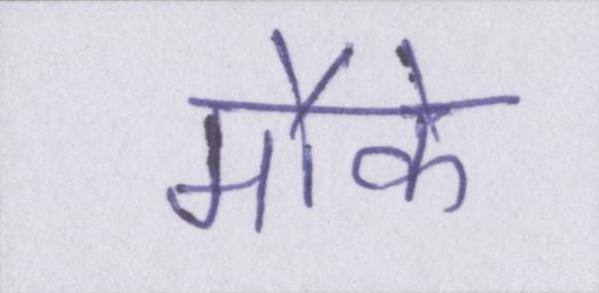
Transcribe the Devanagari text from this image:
मौके